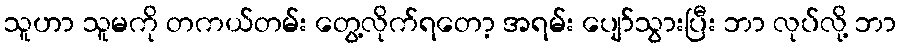
သူဟာ သူမကို တကယ်တမ်း တွေ့လိုက်ရတော့ အရမ်း ပျော်သွားပြီး ဘာ လုပ်လို့ ဘာ